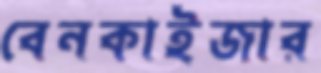
বেনকাইজার